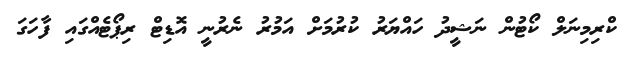
ކްރިމިނަލް ކޯޓުން ނަޝީދު ހައްޔަރު ކުރުމަށް އަމުރު ނެރުނީ އޮޑިޓް ރިޕޯޓެއްގައި ފާހަގަ